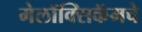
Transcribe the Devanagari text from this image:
मेलॉक्सिकॅमचे